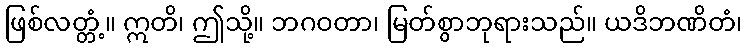
ဖြစ်လတ္တံ့။ ဣတိ၊ ဤသို့။ ဘဂဝတာ၊ မြတ်စွာဘုရားသည်။ ယဒိဘဏိတံ၊